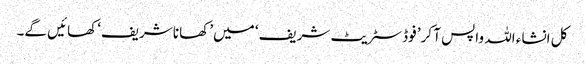
کل انشاء اللہ واپس آ کر’ فوڈ سٹریٹ شریف‘ میں’ کھانا شریف‘ کھائیں گے۔